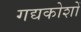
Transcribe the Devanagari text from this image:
गद्यकोशों